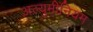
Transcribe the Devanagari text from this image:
अल्युमीनियम